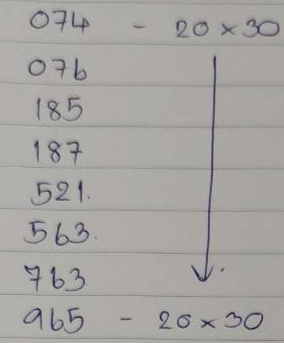
074 - 20 x 30
076 - 20 x 30
185 - 20 x 30
187 - 20 x 30
521 - 20 x 30
563 - 20 x 30
763 - 20 x 30
965 - 20 x 30